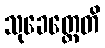
သုခေတ္တေတိ